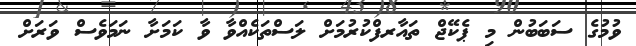
ވުމުގެ ސަބަބުން މި ޕެކޭޖް ތައާރފްކުރުމަށް ލަސްތަކެއްވާ ވާ ކަމަށާ ނަމަވެސް ވަރަށް